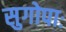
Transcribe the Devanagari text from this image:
सुगोपाः